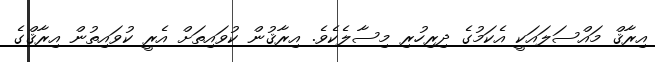
އިރާޤް މައްސަލައަކީ އެކަމުގެ ދިރިހުރި މިސާލެކެވެ. އިރާޤުން ކުވައިތަށް އެރީ ކުވައިތުން އިރާޤްގެ